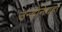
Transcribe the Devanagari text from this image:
उन्होंनेयहां